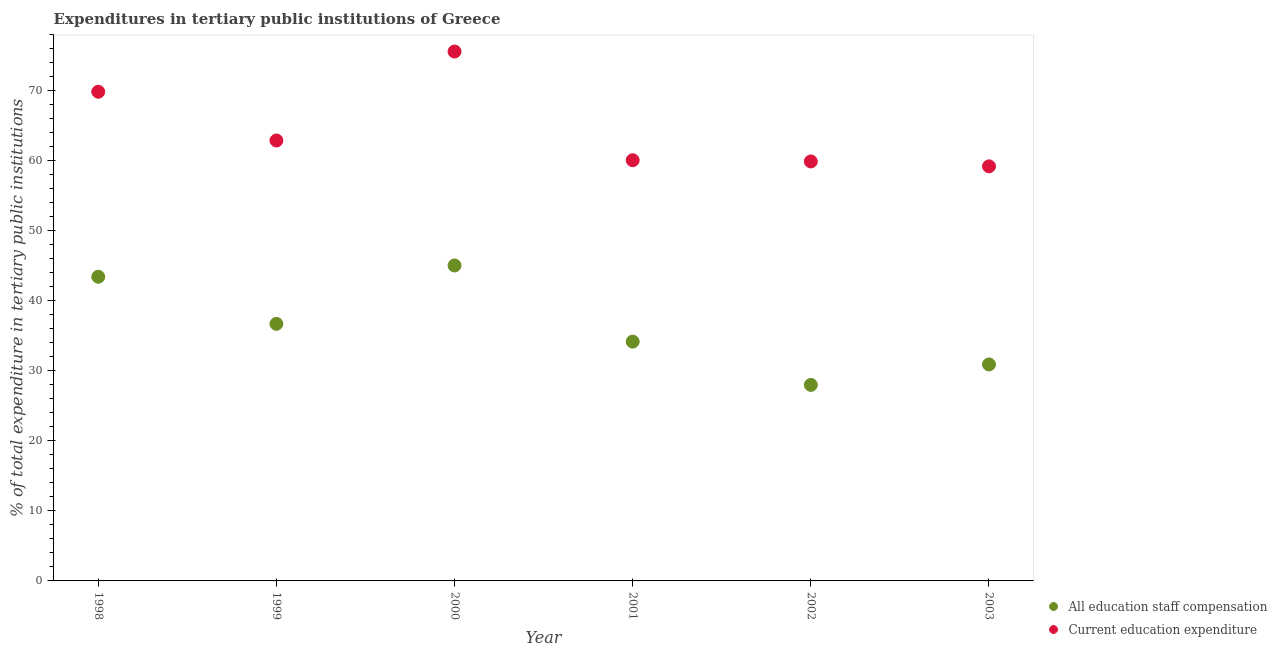
| Year | All education staff compensation | Current education expenditure |
 | --- | --- | --- |
 | 1998 | 43.4 | 69.9 |
 | 1999 | 36.7 | 62.9 |
 | 2000 | 45.1 | 75.6 |
 | 2001 | 34.2 | 60.1 |
 | 2002 | 28 | 59.9 |
 | 2003 | 30.9 | 59.2 |